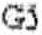
G5